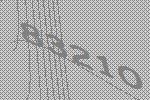
83210